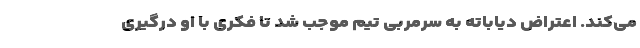
می‌کند. اعتراض دیاباته به سرمربی تیم موجب شد تا فکری با او درگیری